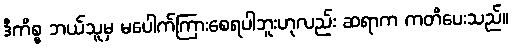
ဒီကိစ္စ ဘယ်သူမှ မပေါက်ကြားစေရပါဘူးဟုလည်း ဆရာက ကတိပေးသည်။